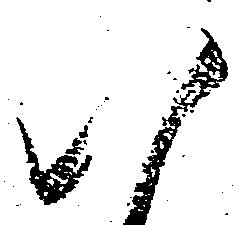
い